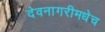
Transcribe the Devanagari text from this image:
देवनागरीमधेच